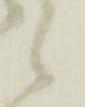
候